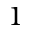
1